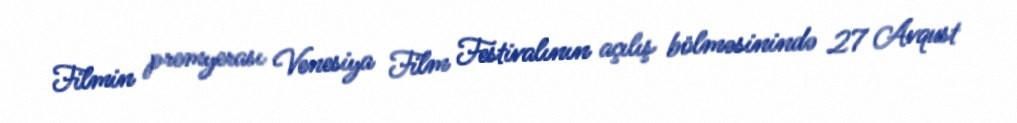
Filmin premyerası Venesiya Film Festivalının açılış bölməsinində 27 Avqust